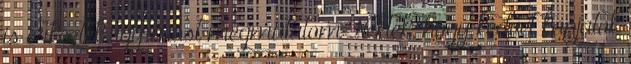
is érkeztek, így most megmutatom Nektek, hogy kedvet kapjatok